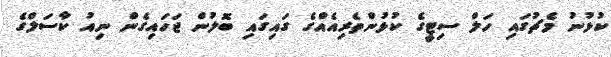
ކުޅުނު މެޗުގައި ހަލް ސިޓީގެ ކުޅުންތެރިއެއްގެ ގައިގައި ބޮލުން ޖަހައިގެން ނިއު ކާސަލްގެ